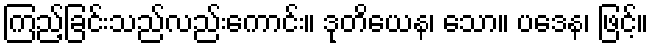
ကြည့်ခြင်းသည်လည်းကောင်း။ ဒုတိယေန၊ သော။ ပဒေန၊ ဖြင့်။